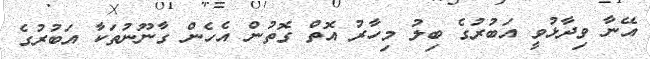
އޭނާ ވިދާޅުވީ އަބުރުގެ ބިލު މިހާރު އޮތް ގޮތުން އެހެން ގާނޫނުތަކާ އަބުރުގެ